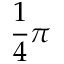
\frac 1 4 \pi